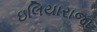
ઇલિયારાજા